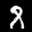
Label: 8